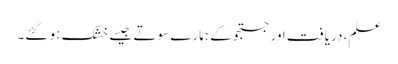
علم، دریافت اور جستجو کے ہمارے سوتے جیسے خشک ہو گئے۔